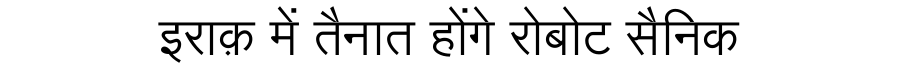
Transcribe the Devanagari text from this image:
इराक़ में तैनात होंगे रोबोट सैनिक